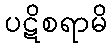
ပဋိစရာမိ